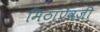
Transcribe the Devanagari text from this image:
मिठाऐवजी